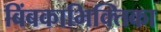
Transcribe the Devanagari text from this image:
बिंबकाभिक्तिका